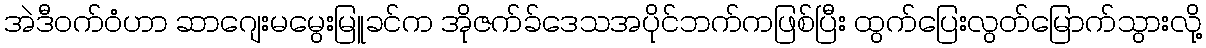
အဲဒီဝက်ဝံဟာ ဆာဂျေးမမွေးမြူခင်က အိုဇက်ခ်ဒေသအပိုင်ဘက်ကဖြစ်ပြီး ထွက်ပြေးလွတ်မြောက်သွားလို့